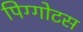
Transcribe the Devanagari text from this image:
पिग्गोटस